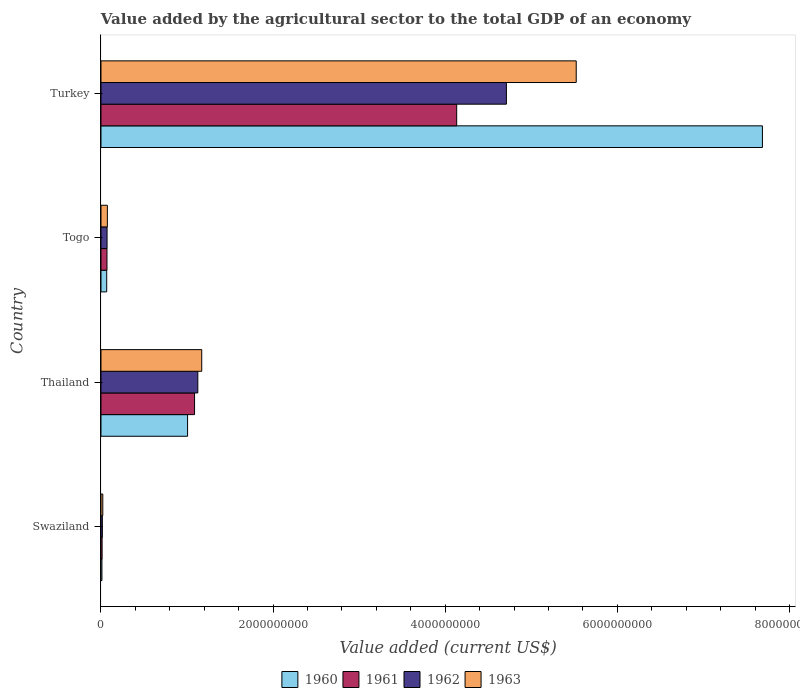
| Country | 1960 | 1961 | 1962 | 1963 |
 | --- | --- | --- | --- | --- |
 | Swaziland | 1.11e+07 | 1.3e+07 | 1.6e+07 | 2.1e+07 |
 | Thailand | 1.01e+09 | 1.09e+09 | 1.13e+09 | 1.17e+09 |
 | Togo | 6.65e+07 | 6.97e+07 | 7.06e+07 | 7.43e+07 |
 | Turkey | 7.69e+09 | 4.13e+09 | 4.71e+09 | 5.52e+09 |